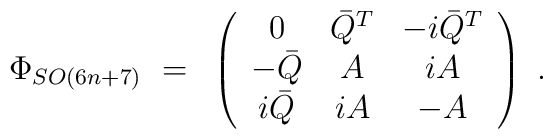
\Phi_{SO(6n+7)} ~=~ \left( \begin{array}{ccc}0 &  \bar{Q}^T  & - i \bar{Q}^T  \\- \bar{Q} & A & i A \\i \bar{Q} & i A & - A \end{array} \right) ~.